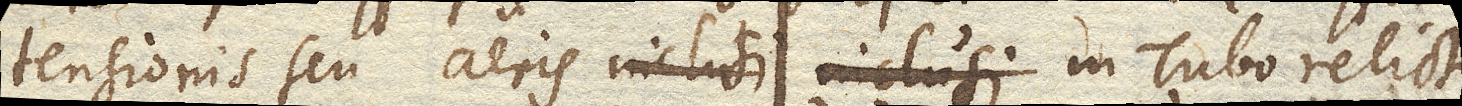
tensionis seu aeris inclusi in Tubo relicti